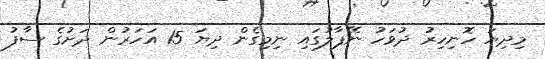
މިދިޔަ ހޮނިހިރު ދުވަހު ނޭޕާލުގައި ނިމިގެން ދިޔަ 15 އަހަރުން ދަށުގެ ސާފު